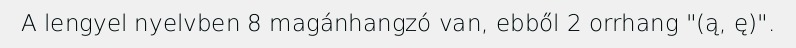
A lengyel nyelvben 8 magánhangzó van, ebből 2 orrhang "(ą, ę)".